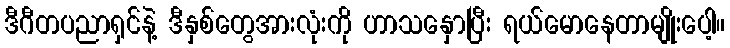
ဒီဂီတပညာရှင်နဲ့ ဒီနှစ်တွေအားလုံးကို ဟာသနှောပြီး ရယ်မောနေတာမျိုးပေါ့။